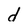
Character: d